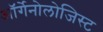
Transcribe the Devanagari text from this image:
ऑर्गेनोलोजिस्ट